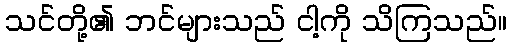
သင်တို့၏ ဘင်များသည် ငါ့ကို သိကြသည်။